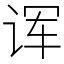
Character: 诨